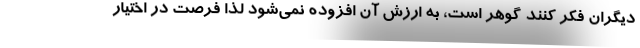
دیگران فکر کنند گوهر است، به ارزش آن افزوده نمی‌شود لذا فرصت در اختیار